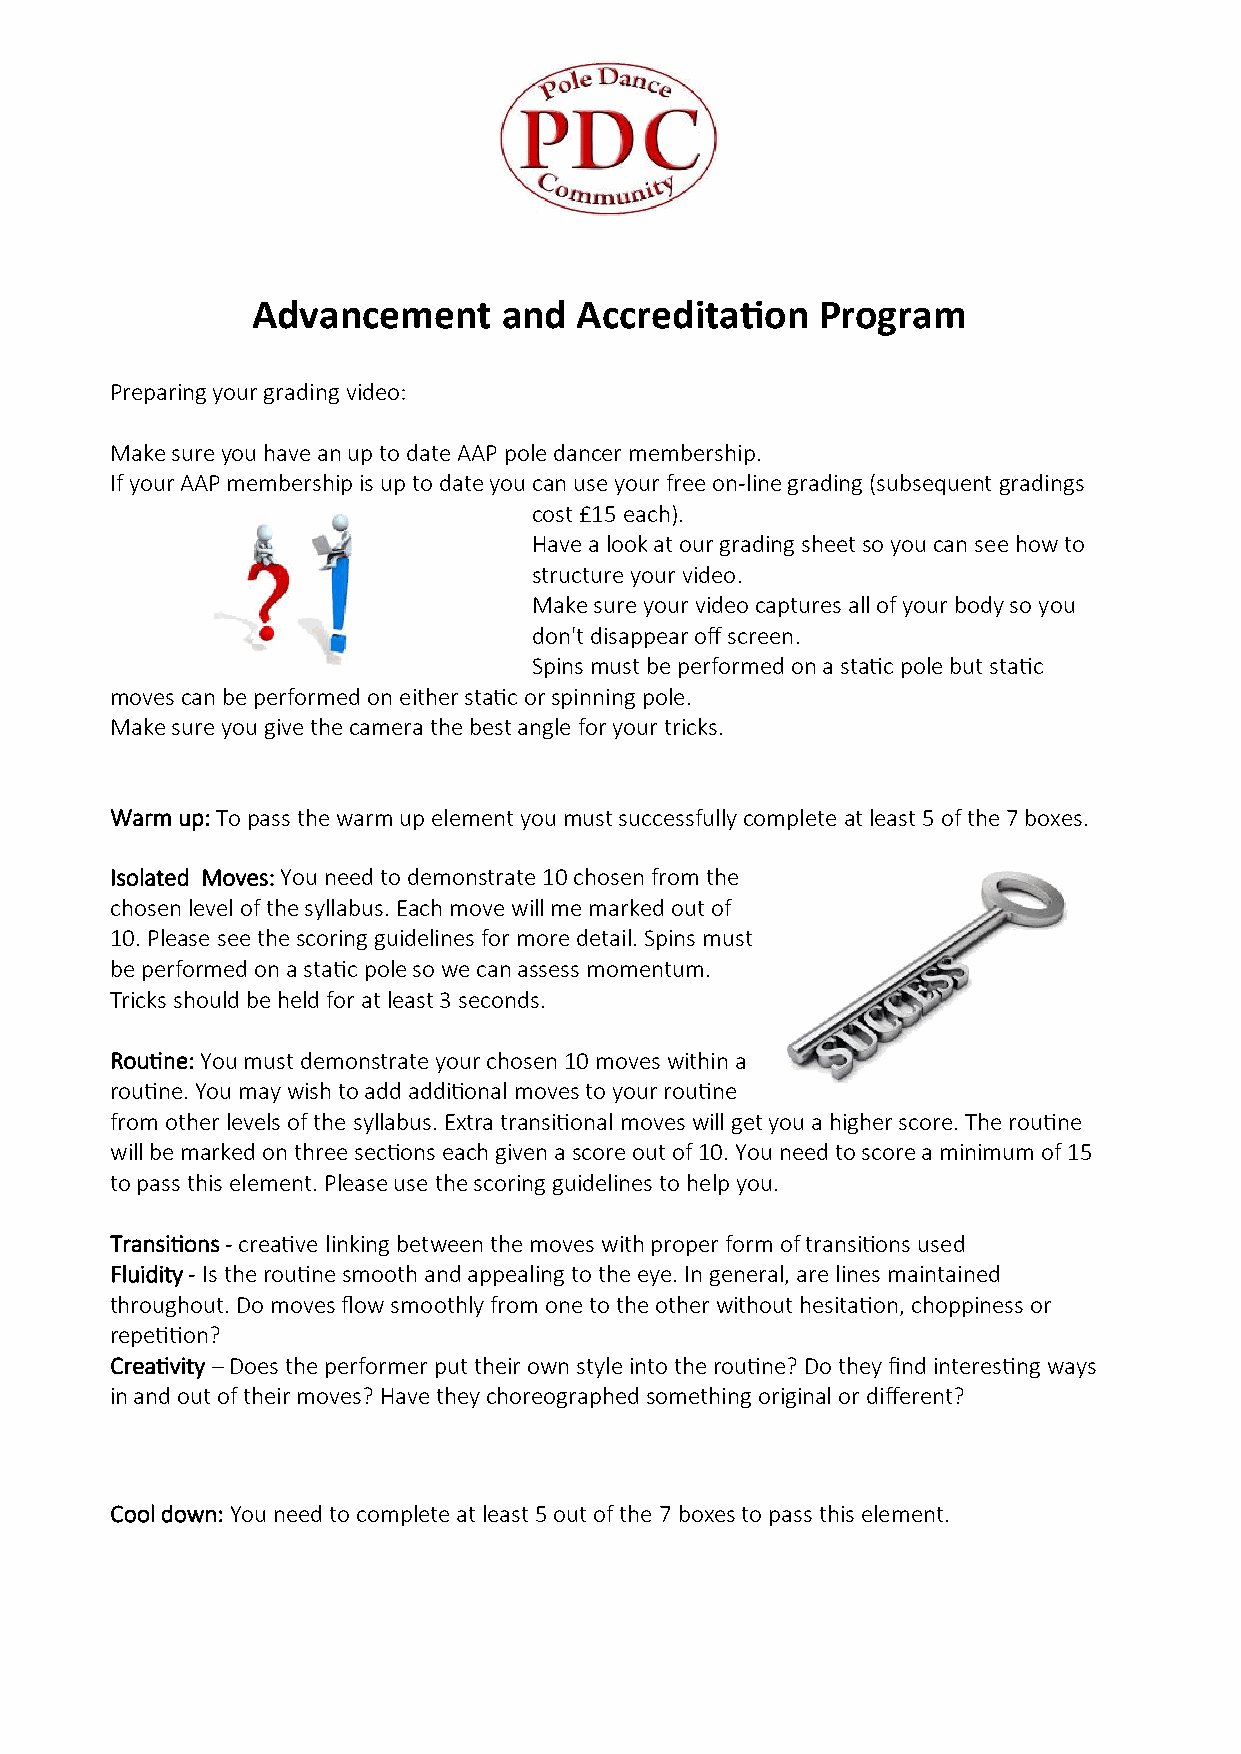
Advancement     and  Accreditation   Program
 Preparing your grading video:
 Make sure you have an up to date AAP pole dancer membership.
 If your AAP membership is up to date you can use your free on-line grading (subsequent gradings
 cost £15 each).
 Have a look at our grading sheet so you can see how to
 structure your video.
 Make sure your video captures all of your body so you
 don't disappear off screen.
 Spins must be performed on a static pole but static
 moves can be performed on either static or spinning pole.
 Make sure you give the camera the best angle for your tricks.
 Warm up: To pass the warm up element you must successfully complete at least 5 of the 7 boxes.
 Isolated Moves: You need to demonstrate 10 chosen from the
 chosen level of the syllabus. Each move will me marked out of
 10. Please see the scoring guidelines for more detail. Spins must
 be performed on a static pole so we can assess momentum.
 Tricks should be held for at least 3 seconds.
 Routine: You must demonstrate your chosen 10 moves within a
 routine. You may wish to add additional moves to your routine
 from other levels of the syllabus. Extra transitional moves will get you a higher score. The routine
 will be marked on three sections each given a score out of 10. You need to score a minimum of 15
 to pass this element. Please use the scoring guidelines to help you.
 Transitions - creative linking between the moves with proper form of transitions used
 Fluidity - Is the routine smooth and appealing to the eye. In general, are lines maintained
 throughout. Do moves flow smoothly from one to the other without hesitation, choppiness or
 repetition?
 Creativity – Does the performer put their own style into the routine? Do they find interesting ways
 in and out of their moves? Have they choreographed something original or different?
 Cool down: You need to complete at least 5 out of the 7 boxes to pass this element.